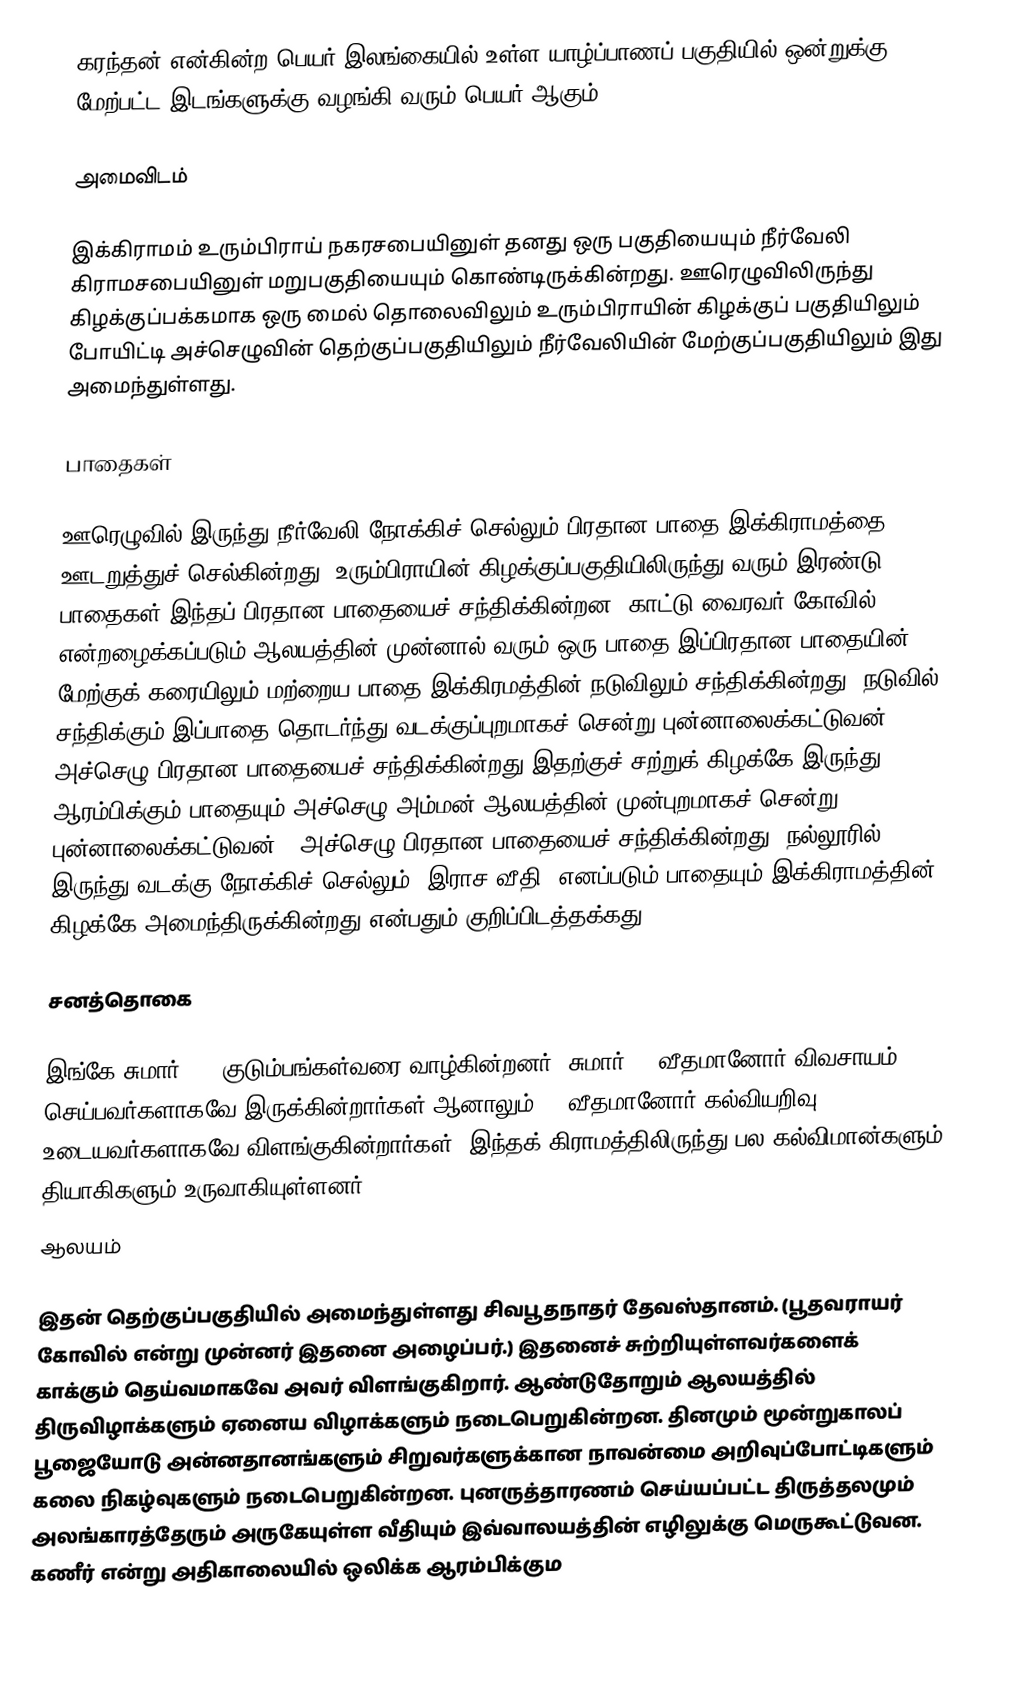
கரந்தன் என்கின்ற பெயர் இலங்கையில் உள்ள யாழ்ப்பாணப் பகுதியில் ஒன்றுக்கு மேற்பட்ட இடங்களுக்கு வழங்கி வரும் பெயர் ஆகும்.

அமைவிடம்

இக்கிராமம் உரும்பிராய் நகரசபையினுள் தனது ஒரு பகுதியையும் நீர்வேலி கிராமசபையினுள் மறுபகுதியையும் கொண்டிருக்கின்றது. ஊரெழுவிலிருந்து கிழக்குப்பக்கமாக ஒரு மைல் தொலைவிலும் உரும்பிராயின் கிழக்குப் பகுதியிலும் போயிட்டி அச்செழுவின் தெற்குப்பகுதியிலும் நீர்வேலியின் மேற்குப்பகுதியிலும் இது அமைந்துள்ளது.

பாதைகள்

ஊரெழுவில் இருந்து நீர்வேலி நோக்கிச் செல்லும் பிரதான பாதை இக்கிராமத்தை ஊடறுத்துச் செல்கின்றது. உரும்பிராயின் கிழக்குப்பகுதியிலிருந்து வரும் இரண்டு பாதைகள் இந்தப் பிரதான பாதையைச் சந்திக்கின்றன. காட்டு வைரவர் கோவில் என்றழைக்கப்படும் ஆலயத்தின் முன்னால் வரும் ஒரு பாதை இப்பிரதான பாதையின் மேற்குக் கரையிலும் மற்றைய பாதை இக்கிரமத்தின் நடுவிலும் சந்திக்கின்றது. நடுவில் சந்திக்கும் இப்பாதை தொடர்ந்து வடக்குப்புறமாகச் சென்று புன்னாலைக்கட்டுவன் - அச்செழு பிரதான பாதையைச் சந்திக்கின்றது.இதற்குச் சற்றுக் கிழக்கே இருந்து ஆரம்பிக்கும் பாதையும் அச்செழு அம்மன் ஆலயத்தின் முன்புறமாகச் சென்று புன்னாலைக்கட்டுவன் - அச்செழு பிரதான பாதையைச் சந்திக்கின்றது. நல்லூரில் இருந்து வடக்கு நோக்கிச் செல்லும் “இராச வீதி” எனப்படும் பாதையும் இக்கிராமத்தின் கிழக்கே அமைந்திருக்கின்றது என்பதும் குறிப்பிடத்தக்கது.

சனத்தொகை

இங்கே சுமார் 500 குடும்பங்கள்வரை வாழ்கின்றனர். சுமார் 70 வீதமானோர் விவசாயம் செய்பவர்களாகவே இருக்கின்றார்கள் ஆனாலும் 95 வீதமானோர் கல்வியறிவு உடையவர்களாகவே விளங்குகின்றார்கள். இந்தக் கிராமத்திலிருந்து பல கல்விமான்களும் தியாகிகளும் உருவாகியுள்ளனர்.
ஆலயம்

இதன் தெற்குப்பகுதியில் அமைந்துள்ளது சிவபூதநாதர் தேவஸ்தானம். (பூதவராயர் கோவில் என்று முன்னர் இதனை அழைப்பர்.) இதனைச் சுற்றியுள்ளவர்களைக் காக்கும் தெய்வமாகவே அவர் விளங்குகிறார். ஆண்டுதோறும் ஆலயத்தில் திருவிழாக்களும் ஏனைய விழாக்களும் நடைபெறுகின்றன. தினமும் மூன்றுகாலப் பூஜையோடு அன்னதானங்களும் சிறுவர்களுக்கான நாவன்மை அறிவுப்போட்டிகளும் கலை நிகழ்வுகளும் நடைபெறுகின்றன. புனருத்தாரணம் செய்யப்பட்ட திருத்தலமும் அலங்காரத்தேரும் அருகேயுள்ள வீதியும் இவ்வாலயத்தின் எழிலுக்கு மெருகூட்டுவன. கணீர் என்று அதிகாலையில் ஒலிக்க ஆரம்பிக்கும